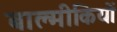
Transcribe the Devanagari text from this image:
बाल्मीकियों